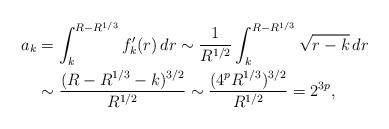
LaTeX: \begin{align*} a_{k} & = \int_{k}^{R - R^{1/3}} f_{k}'(r) \, dr \sim \frac{1}{R^{1/2}} \int_{k}^{R - R^{1/3}} \sqrt{r - k} \, dr\\& \sim \frac{(R - R^{1/3} - k)^{3/2}}{R^{1/2}} \sim \frac{(4^{p}R^{1/3})^{3/2}}{R^{1/2}} = 2^{3p}, \end{align*}